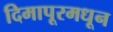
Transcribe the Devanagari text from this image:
दिमापूरमधून